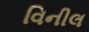
વિનીલ